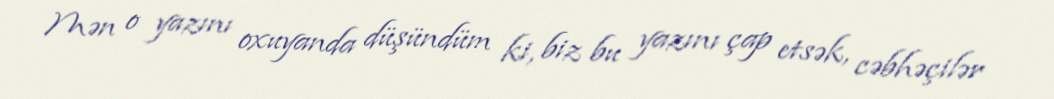
Mən o yazını oxuyanda düşündüm ki, biz bu yazını çap etsək, cəbhəçilər